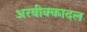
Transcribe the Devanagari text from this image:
अरबीक्कादल